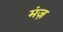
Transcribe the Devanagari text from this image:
मंज़